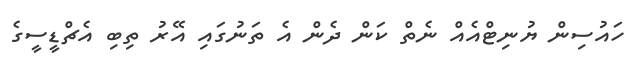
ހައުސިން ޔުނިޓްއެއް ނެތް ކަން ދެން އެ ތަނުގައި އޭރު ތިބި އެޗްޑީސީގެ